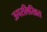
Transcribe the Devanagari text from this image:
ऊपरलिखित